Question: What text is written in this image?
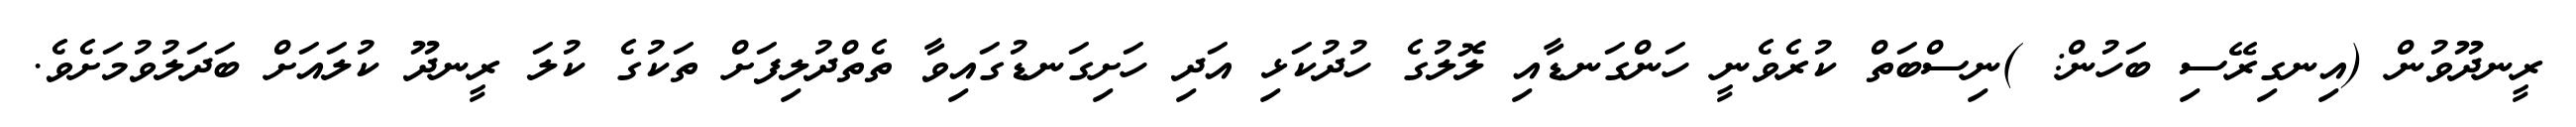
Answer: ރީނދޫވުން (އިނގިރޭސި ބަހުން: )ނިސްބަތް ކުރެވެނީ ހަންގަނޑާއި ލޮލުގެ ހުދުކަޅި އަދި ހަށިގަނޑުގައިވާ ތެތްދުލިފަށް ތަކުގެ ކުލަ ރީނދޫ ކުލައަށް ބަދަލުވުމަށެވެ.